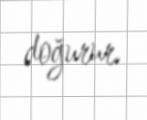
doğurur.